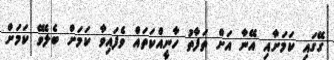
ގޭގައި ކަމަށާއި އޭނާ އަށް ތަފާތު ހާނީއްކަތައް ވެފައިވާ ކަމަށް ބެލެވޭ ކަމަށް